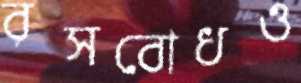
রসবোধও